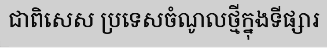
ជាពិសេស ប្រទេសចំណូលថ្មីក្នុងទីផ្សារ